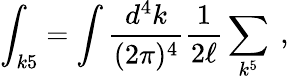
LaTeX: \int_{k5}=\int{\frac{d^{4}k}{(2\pi)^{4}}}{\frac{1}{2\ell}}\sum_{k^{5}}\ ,